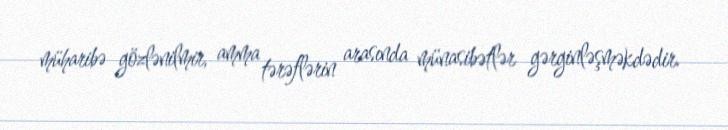
müharibə gözlənilmir, amma tərəflərin arasında münasibətlər gərginləşməkdədir.